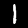
Digit: 1